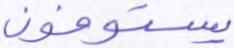
يستوفون